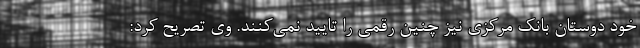
خود دوستان بانک مرکزی نیز چنین رقمی را تایید نمی‌کنند. وی تصریح کرد:‌